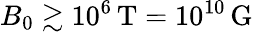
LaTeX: B_{0}\gtrsim 10^{6}\, \mathrm{T}=10^{10}\, \mathrm{G}